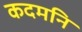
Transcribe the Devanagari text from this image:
कदमनि